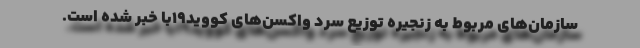
سازمان‌های مربوط به زنجیره توزیع سرد واکسن‌های کووید١٩با خبر شده است.